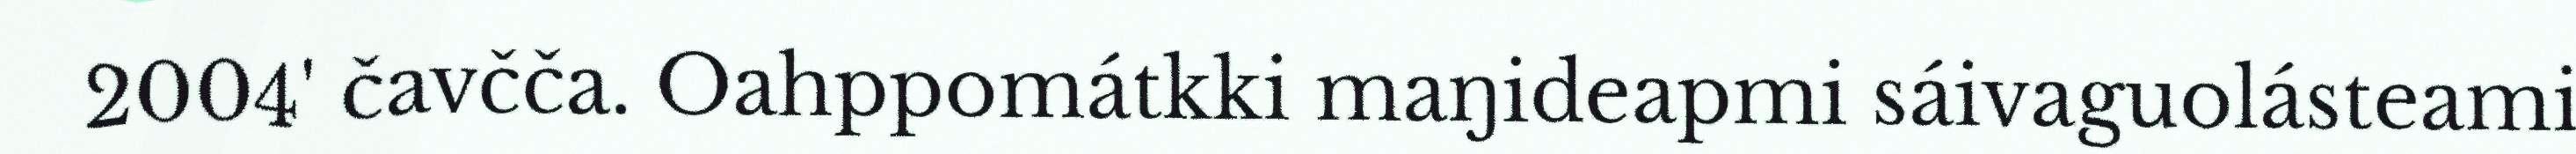
2004' čavčča. Oahppomátkki maŋideapmi sáivaguolásteami